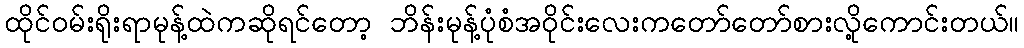
ထိုင်ဝမ်းရိုးရာမုန့်ထဲကဆိုရင်တော့ ဘိန်းမုန့်ပုံစံအဝိုင်းလေးကတော်တော်စားလို့ကောင်းတယ်။